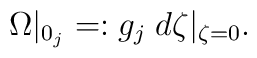
\Omega|_{0_{j}}=:g_{j}\;d\zeta |_{\zeta=0}.